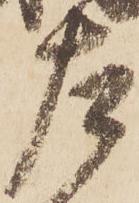
左